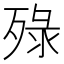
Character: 𬆚